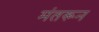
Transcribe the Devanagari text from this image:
मंतरून